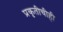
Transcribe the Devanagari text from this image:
प्रकृतीचीही